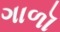
ગાળૉ